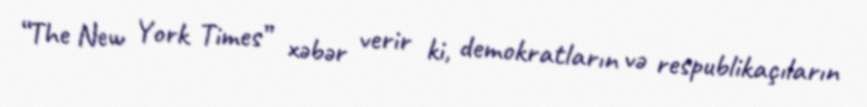
“The New York Times” xəbər verir ki, demokratların və respublikaçıların